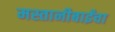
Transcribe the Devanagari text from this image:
मस्तानीबाईंचा